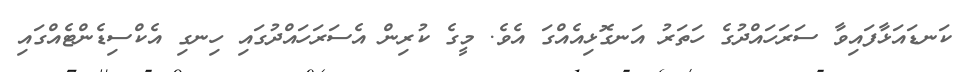
ކަނޑައަޅާފައިވާ ސަރަހައްދުގެ ހަތަރު އަނގޮޅިއެއްގަ އެވެ. މީގެ ކުރިން އެސަރަހައްދުގައި ހިނގި އެކްސިޑެންޓެއްގައި